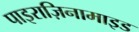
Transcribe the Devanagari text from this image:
पाइराज़िनामाइड